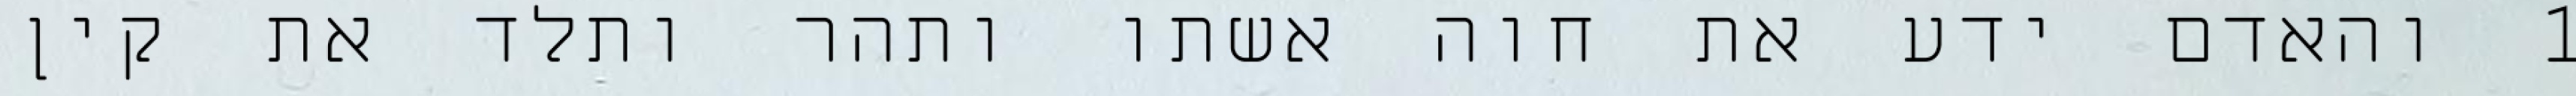
1 והאדם ידע את חוה אשתו ותהר ותלד את קין